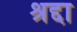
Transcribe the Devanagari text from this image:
श्रद्दा